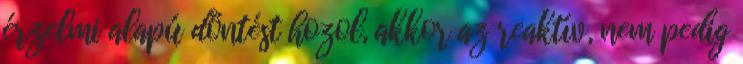
érzelmi alapú döntést hozol, akkor az reaktív, nem pedig